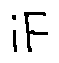
i F